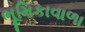
ભૂમિકાવાળા